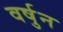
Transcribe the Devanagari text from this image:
वर्षुन